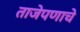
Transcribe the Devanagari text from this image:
ताजेपणाचे